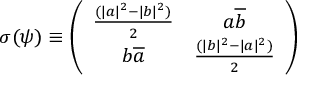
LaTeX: \sigma ( \psi ) \equiv \left( \begin{array} { c c } { { \frac { ( | a | ^ { 2 } - | b | ^ { 2 } ) } { 2 } } } & { { a \overline { { { b } } } } } \\ { { b \overline { { { a } } } } } & { { \frac { ( | b | ^ { 2 } - | a | ^ { 2 } ) } { 2 } } } \end{array} \right)